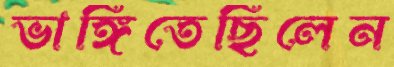
ভাঙ্গিতেছিলেন